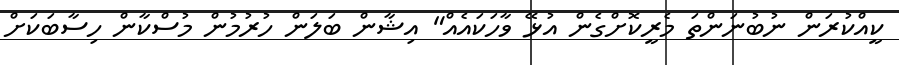
ކީއްކުރަން ނުބުނަންތަ މެރީކޮށްގެން އުޅޭ ވާހަކައެއް" އިޝާން ބަލަން ހުރުމުން މުސްކާން ހިސާބަކަށް